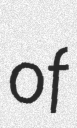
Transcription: of